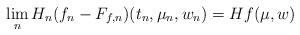
LaTeX: \begin{align*}\lim_n H_n(f_n - F_{f,n})(t_n,\mu_n,w_n) = Hf(\mu,w)\end{align*}